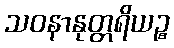
သဝနာနုတ္တရိယဉ္စ